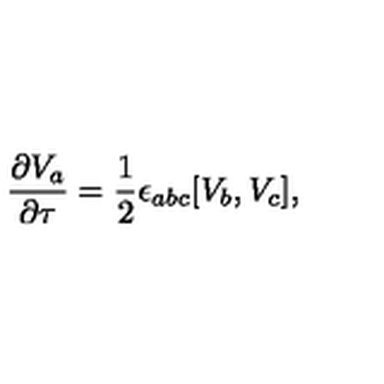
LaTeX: \frac { \partial V _ { a } } { \partial \tau } = \frac 1 2 \epsilon _ { a b c } [ V _ { b } , V _ { c } ] ,